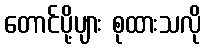
တောင်ပို့ပျား စုထားသလို